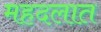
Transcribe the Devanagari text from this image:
महदलात